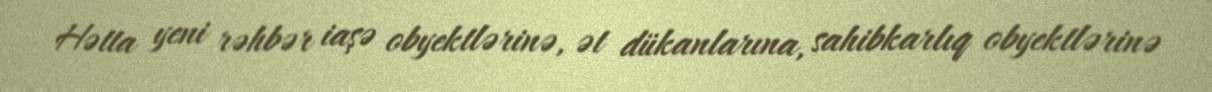
Hətta yeni rəhbər iaşə obyektlərinə, ət dükanlarına, sahibkarlıq obyektlərinə